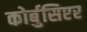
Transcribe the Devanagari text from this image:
कोर्बुसिएर